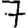
Digit: 7